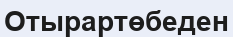
Отырартөбеден